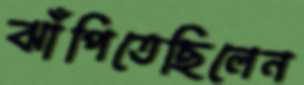
ঝাঁপিতেছিলেন